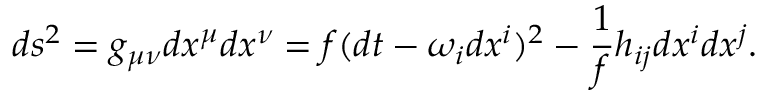
d s ^ { 2 } = g _ { \mu \nu } d x ^ { \mu } d x ^ { \nu } = f ( d t - \omega _ { i } d x ^ { i } ) ^ { 2 } - \frac { 1 } { f } h _ { i j } d x ^ { i } d x ^ { j } .